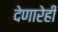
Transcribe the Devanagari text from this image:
देणारेही